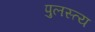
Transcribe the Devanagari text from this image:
पुलस्‍त्‍य